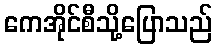
ကေအိုင်စီသို့ပြောသည်